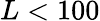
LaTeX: L<100